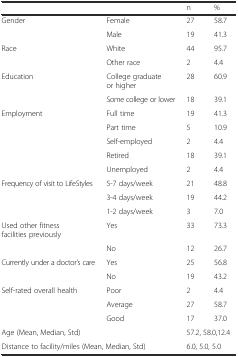
|  |  | n | % |
 | --- | --- | --- | --- |
 | Gender | Female | 27 | 58.7 |
 |  | Male | 19 | 41.3 |
 | Race | White | 44 | 95.7 |
 |  | Other race | 2 | 4.4 |
 | Education | College graduate or higher | 28 | 60.9 |
 |  | Some college or lower | 18 | 39.1 |
 | Employment | Full time | 19 | 41.3 |
 |  | Part time | 5 | 10.9 |
 |  | Self-employed | 2 | 4.4 |
 |  | Retired | 18 | 39.1 |
 |  | Unemployed | 2 | 4.4 |
 | Frequency of visit to LifeStyles | 5-7 days/week | 21 | 48.8 |
 |  | 3-4 days/week | 19 | 44.2 |
 |  | 1-2 days/week | 3 | 7.0 |
 | Used other fitness facilities previously | Yes | 33 | 73.3 |
 |  | No | 12 | 26.7 |
 | Currently under a doctor’s care | Yes | 25 | 56.8 |
 |  | No | 19 | 43.2 |
 | Self-rated overall health | Poor | 2 | 4.4 |
 |  | Average | 27 | 58.7 |
 |  | Good | 17 | 37.0 |
 | Age (Mean, Median, Std) |  | <COLSPAN=2> 57.2, 58.0,12.4 |
 | <COLSPAN=2> Distance to facility/miles (Mean, Median, Std) | <COLSPAN=2> 6.0, 5.0, 5.0 |